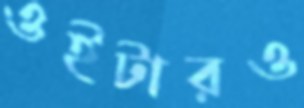
ওইটারও